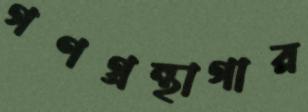
গণগ্রন্থাগার